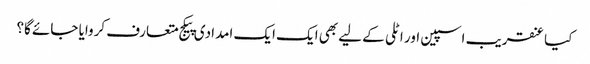
کیا عنقریب اسپین اور اٹلی کے لیے بھی ایک ایک امدادی پیکج متعارف کروایا جائے گا؟